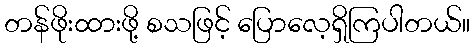
တန်ဖိုးထားဖို့ စသဖြင့် ပြောလေ့ရှိကြပါတယ်။